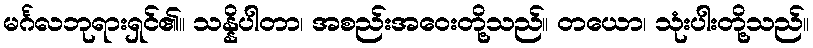
မင်္ဂလဘုရားရှင်၏။ သန္နိပါတာ၊ အစည်းအဝေးတို့သည်။ တယော၊ သုံးပါးတို့သည်။